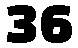
36